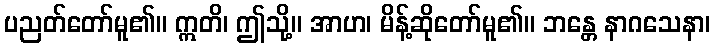
ပညတ်တော်မူ၏။ ဣတိ၊ ဤသို့။ အာဟ၊ မိန့်ဆိုတော်မူ၏။ ဘန္တေ နာဂသေနာ၊